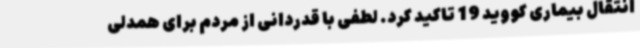
انتقال بیماری کووید 19 تاکید کرد. لطفی با قدردانی از مردم برای همدلی